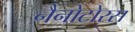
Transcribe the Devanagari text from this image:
नैनोटोरस